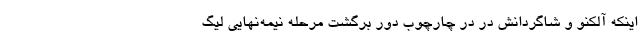
اینکه آلکنو و شاگردانش در در چارچوب دور برگشت مرحله نیمه‌نهایی لیگ